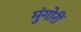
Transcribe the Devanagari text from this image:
मुंगोरीं